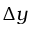
\Delta y